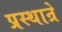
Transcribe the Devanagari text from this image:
प्रस्थान्रे